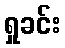
ရှုခင်း